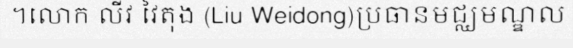
។លោក លីវ វៃតុង (Liu Weidong)ប្រធានមជ្ឈមណ្ឌល